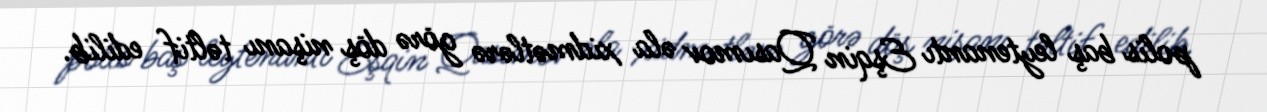
polis baş leytenantı Eşqin Qasımov əla xidmətlərə görə döş nişanı təltif edilib.